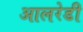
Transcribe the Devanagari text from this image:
आलरेडी